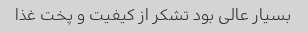
بسیار عالی بود تشکر از کیفیت و پخت غذا